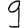
Digit: 9